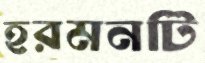
হরমনটি